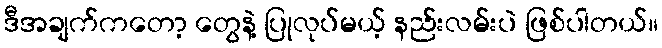
ဒီအချက်ကတော့ တွေနဲ့ ပြုလုပ်မယ့် နည်းလမ်းပဲ ဖြစ်ပါတယ်။